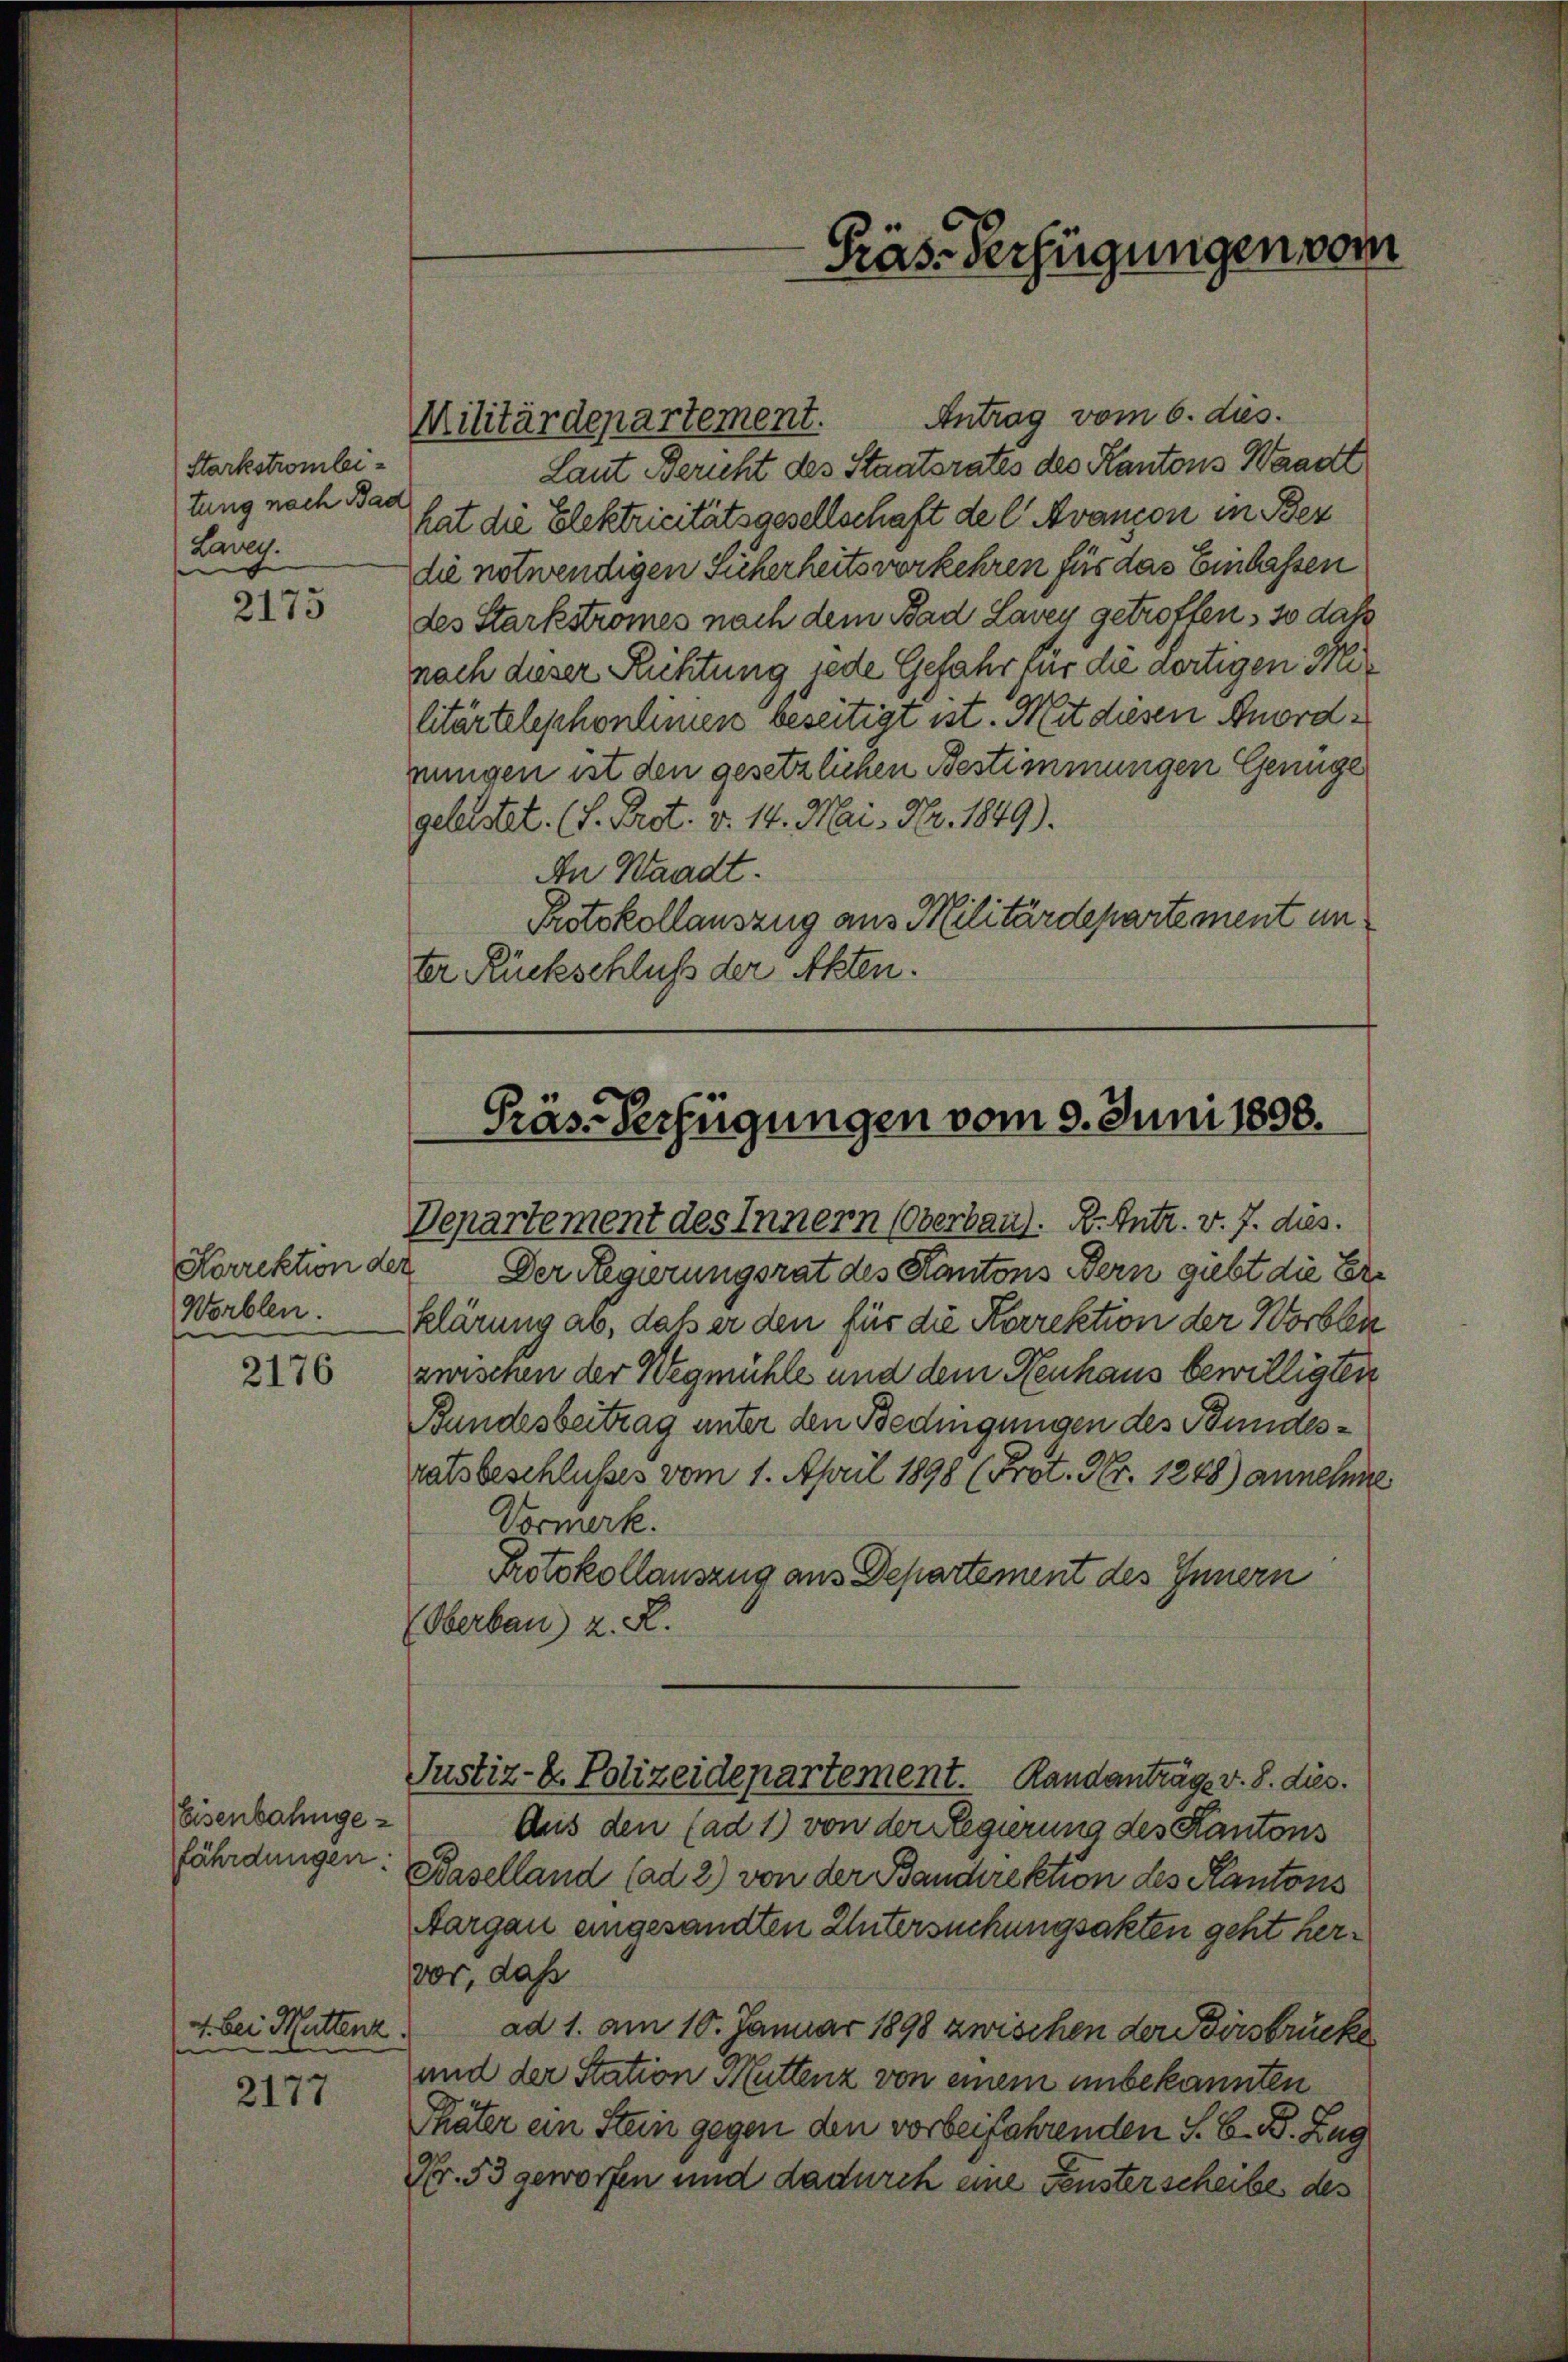
Starkstrombeitung nach Bad
Lang

2173

Korrektion der
Worblen.

2176

Eisenbahnge-

4. bei Muttenz.
e

2177

Antrag vom 6. dies
Laut Bericht des Staatsrates des Kantons Waadt
hat die Elektricitätsgesellschaft de l' Avançon in Bez
die notwendigen Sicherheits vorkehren für das Einlassen
des Starkstromes nach dem Bad Lavey getroffen, so daß
nach dieser Richtung jede Gefahr für die dortigen Militärtelephonlinien beseitigt ist. Mit diesen Anordnungen ist den gesetzlichen Bestimmungen Genüge
gelastet. (S. Prot. v. 14. Mai, Nr. 1849).
An Waadt.
Protokollauszug aus Militärdepartement un
ter Rückschluß der Akten.

Militärdepartement.

Präs. Verfügungen vom 9. Juni 1858.
Departement des Innern (Oberbaus. R. Intr. v. J. dies.

Präs. Verfügungen vom

Der Regierungsrat des Kantons Bern giebt die Erklärung ab, daß er den für die Korrektion der Worben
zwischen der Wegmühle und dem Neuhaus bewilligten
Bundesbeitrag unter den Bedingungen des Bundesratsbeschlusses vom 1. April 1898 (Prot. Nr. 1248) annehme
Vormerk.
Protokollauszug aus Departement des Innern
(Oberbau) z. R.
Justiz-C. Polizeidepartement. Randanträge v. 8. dies.
Aus den (ad 1) von der Regierung des Kantons
fährdungen: Baselland (ad 2) von der Bandirektion des Kantons
Aargau eingesandten Untersuchungsakten geht hervor, daß
ad 1. am 10. Januar 1898 zwischen der Birsbrücke
und der Station Muttenz von einem unbekannten
Thäter ein Stein gegen den vorbeifahrenden S. B. B. Zug
Nr. 53 geworfen und dadurch eine Fensterscheibes des